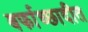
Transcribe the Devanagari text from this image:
बर्फाच्छादीत